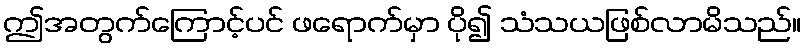
ဤအတွက်ကြောင့်ပင် ဖရောက်မှာ ပို၍ သံသယဖြစ်လာမိသည်။